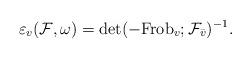
LaTeX: \begin{align*}\varepsilon_v(\mathcal F,\omega)=\det(-{\rm Frob}_v;\mathcal F_{\bar v})^{-1}.\end{align*}